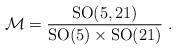
LaTeX: \begin{align*}{\cal M} = \frac{{\rm SO}(5,21)}{{\rm SO}(5)\times {\rm SO}(21)}\ .\end{align*}